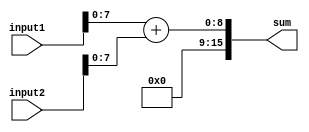
module fixed_point_adder (
    input [15:0] input1, // 16-bit input number 1
    input [15:0] input2, // 16-bit input number 2
    output reg [15:0] sum // 16-bit sum output
);

reg [15:0] intermediate_result1; // intermediate result register
reg [15:0] intermediate_result2; // intermediate result register

// Arithmetic block 1 adds the first 8 bits of input1 and input2
always @* begin
    intermediate_result1 = input1[7:0] + input2[7:0]; 
end

// Arithmetic block 2 adds the last 8 bits of input1 and input2
always @* begin
    intermediate_result2 = input1[15:8] + input2[15:8]; 
end

// Final output calculation
always @* begin
    sum = {intermediate_result2, intermediate_result1};
end

endmodule